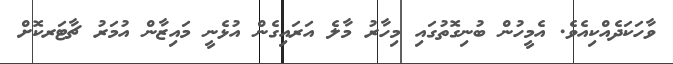
ވާހަކަދެއްކިއެވެ. އެމީހުން ބުނިގޮތުގައި މިހާރު މާލެ އަރައިގެން އުޅެނީ މައިޒާން އުމަރު ޗާޓަރކޮށް